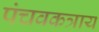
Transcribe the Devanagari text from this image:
पंचवकत्राय